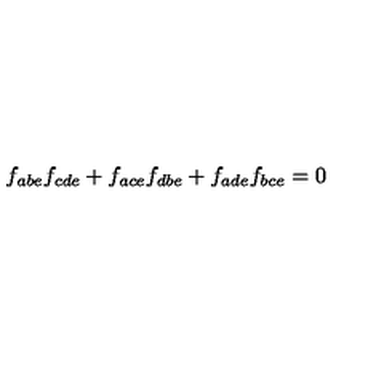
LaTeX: f _ { a b e } f _ { c d e } + f _ { a c e } f _ { d b e } + f _ { a d e } f _ { b c e } = 0